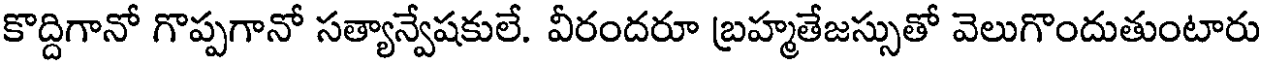
కొద్దిగానో గొప్పగానో సత్యాన్వేషకులే. వీరందరూ బ్రహ్మతేజస్సుతో వెలుగొందుతుంటారు